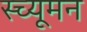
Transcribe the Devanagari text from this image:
स्च्यूमन